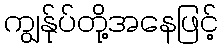
ကျွန်ုပ်တို့အနေဖြင့်